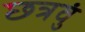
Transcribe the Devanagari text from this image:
छत्रवुं